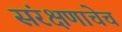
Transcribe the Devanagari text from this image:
संरक्षणाचेच